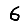
Digit: 6